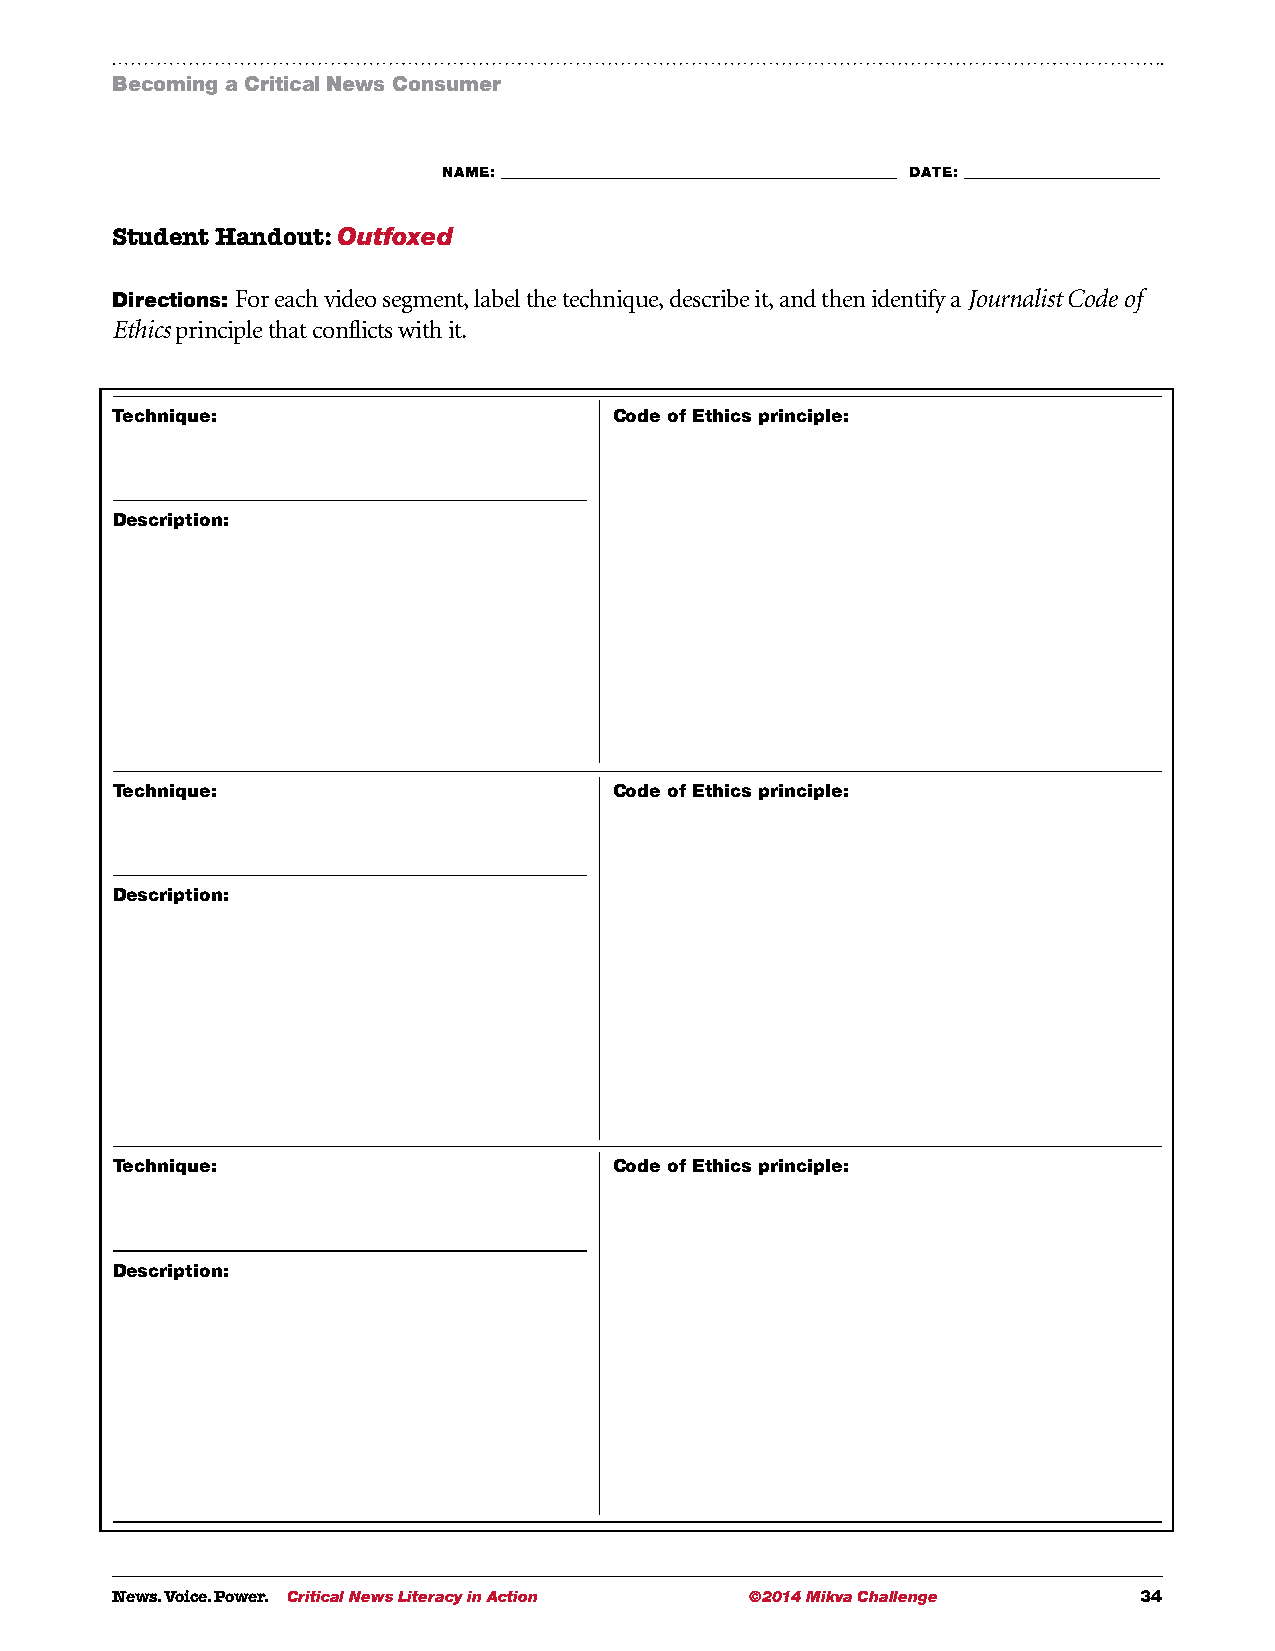
Becoming a Critical News Consumer
 NAME: ___________________________________________________________ DATE: _____________________________
 Student Handout: Outfoxed
 Directions: For each video segment, label the technique, describe it, and then identify a Journalist Code of
 Ethics principle that conflicts with it.
 Technique:                        Code of Ethics principle:
 Description:
 Technique:                        Code of Ethics principle:
 Description:
 Technique:                        Code of Ethics principle:
 Description:
 News. Voice. Power. Critical News Literacy in Action ©2014 Mikva Challenge 34